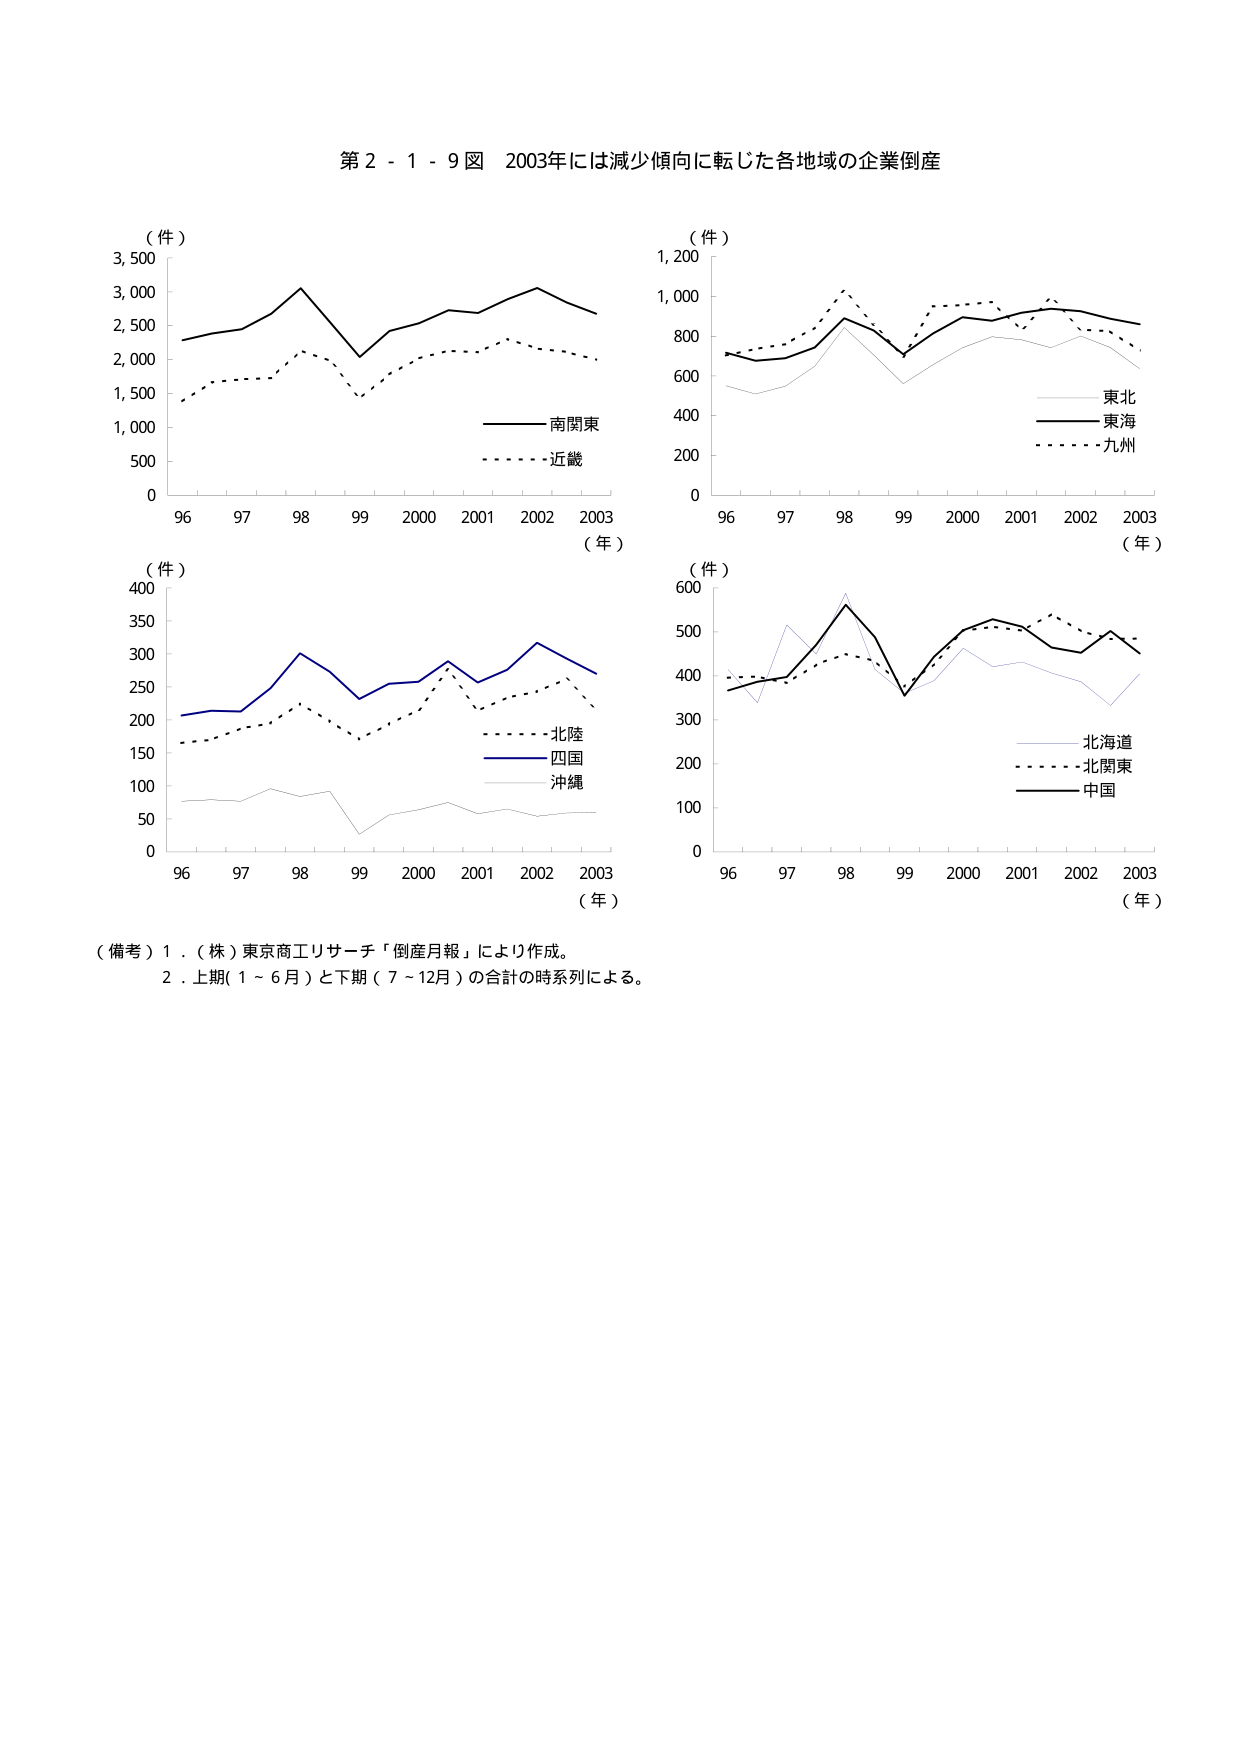
第２－１－９図　2003年には減少傾向に転じた各地域の企業倒産

（件）
3,500
3,000
2,500
2,000
1,500
1,000
500
0
96　97　98　99　2000　2001　2002　2003
（年）
――――南関東
・・・・・・近畿

（件）
1,200
1,000
800
600
400
200
0
96　97　98　99　2000　2001　2002　2003
（年）
――――東北
――――東海
・・・・・・九州

（件）
400
350
300
250
200
150
100
50
0
96　97　98　99　2000　2001　2002　2003
（年）
・・・・・・北陸
――――四国
――――沖縄

（件）
600
500
400
300
200
100
0
96　97　98　99　2000　2001　2002　2003
（年）
――――北海道
・・・・・・北関東
――――中国

（備考）１．（株）東京商工リサーチ「倒産月報」により作成。
　　　　２．上期（１～６月）と下期（７～12月）の合計の時系列による。